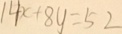
1 4 x + 8 y = 5 2